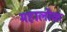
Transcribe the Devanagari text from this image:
महालोक